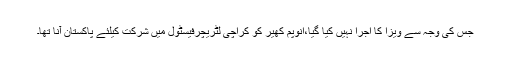
جس کی وجہ سے ویزا کا اجرا نہیں کیا گیا،انوپم کھیر کو کراچی لٹریچرفیسٹول میں شرکت کیلئے پاکستان آنا تھا۔